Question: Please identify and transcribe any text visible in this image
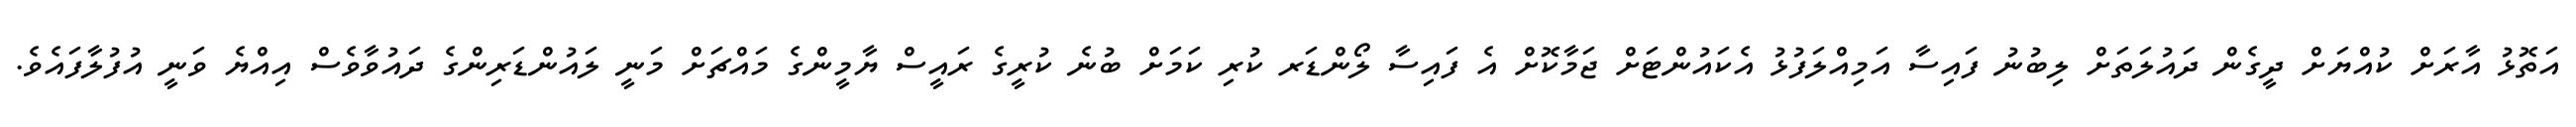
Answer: އަތޮޅު އާރަށް ކުއްޔަށް ދީގެން ދައުލަތަށް ލިބުނު ފައިސާ އަމިއްލަފުޅު އެކައުންޓަށް ޖަމާކޮށް އެ ފައިސާ ލޯންޑަރ ކުރި ކަމަށް ބުނެ ކުރީގެ ރައީސް ޔާމީންގެ މައްޗަށް މަނީ ލައުންޑަރިންގެ ދައުވާވެސް އިއްޔެ ވަނީ އުފުލާފައެވެ.